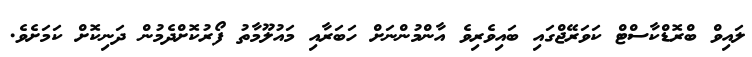
ލައިވް ބްރޮޑްކާސްޓް ކަވަރޭޖްގައި ބައިވެރިވެ އާންމުންނަށް ހަބަރާއި މައުލޫމާތު ފޯރުކޮށްދެމުން ދަނިކޮށް ކަމަށެވެ.